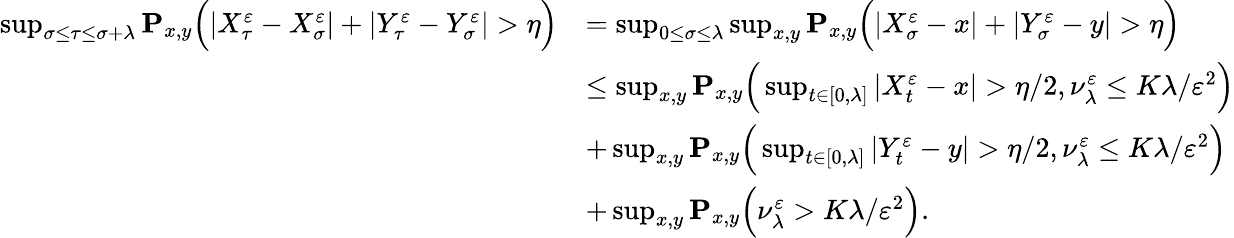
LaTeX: \begin{array}{rl}{\operatorname*{sup}_{\sigma\leq\tau\leq\sigma+\lambda}\mathbf{P}_{x,y}\Big(|X_{\tau}^{\varepsilon}-X_{\sigma}^{\varepsilon}|+|Y_{\tau}^{\varepsilon}-Y_{\sigma}^{\varepsilon}|>\eta\Big)}&{=\operatorname*{sup}_{0\leq\sigma\leq\lambda}\operatorname*{sup}_{x,y}\mathbf{P}_{x,y}\Big(|X_{\sigma}^{\varepsilon}-x|+|Y_{\sigma}^{\varepsilon}-y|>\eta\Big)}\\ &{\leq\operatorname*{sup}_{x,y}\mathbf{P}_{x,y}\Big(\operatorname*{sup}_{t\in[0,\lambda]}|X_{t}^{\varepsilon}-x|>\eta/2,\nu_{\lambda}^{\varepsilon}\leq K\lambda/\varepsilon^{2}\Big)}\\ &{+\operatorname*{sup}_{x,y}\mathbf{P}_{x,y}\Big(\operatorname*{sup}_{t\in[0,\lambda]}|Y_{t}^{\varepsilon}-y|>\eta/2,\nu_{\lambda}^{\varepsilon}\leq K\lambda/\varepsilon^{2}\Big)}\\ &{+\operatorname*{sup}_{x,y}\mathbf{P}_{x,y}\Big(\nu_{\lambda}^{\varepsilon}>K\lambda/\varepsilon^{2}\Big).}\end{array}